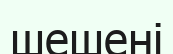
шешені